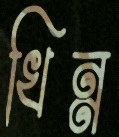
খিন্ন